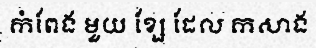
កំពែង មួយ ខ្សែ ដែល កសាង